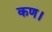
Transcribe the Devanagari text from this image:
कण।